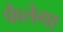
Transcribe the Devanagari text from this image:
फैलेगा